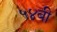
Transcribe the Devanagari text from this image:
५४बी